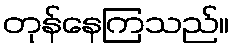
တုန်နေကြသည်။